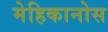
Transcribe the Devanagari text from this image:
मेहिकानोस